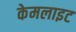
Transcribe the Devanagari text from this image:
केमलाइट